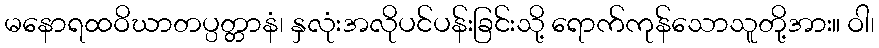
မနောရထဝိဃာတပ္ပတ္တာနံ၊ နှလုံးအလိုပင်ပန်းခြင်းသို့ ရောက်ကုန်သောသူတို့အား။ ဝါ၊